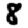
Digit: 8